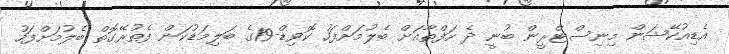
އެޑިއުކޭޝަން މިނިސްޓްރީން ބުނީ ދެ ހަފްތާއަށް ބެލުމަށްފަހު ކޮވިޑް-19ގެ ބަލިމަޑުކަން ފެތުރޭގޮތް ބެލުމަށްފަހު